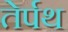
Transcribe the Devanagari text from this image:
तेर्पथ